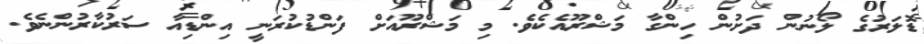
ޑޮލަރުގެ ލޯނުން ދަށުން ހިންގާ މަޝްރޫއެކެވެ. މި މަޝްރޫއަށް ފަންޑުކުރަނީ އިންޑިއާ ސަރުކާރުންނެވެ.